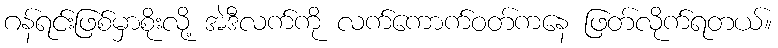
ဂန်ရင်းဖြစ်မှာစိုးလို့ အဲဒီလက်ကို လက်ကောက်ဝတ်ကနေ ဖြတ်လိုက်ရတယ်။